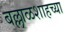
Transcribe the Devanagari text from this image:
बल्लाळशाहच्या